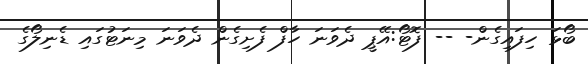
ބޯޅަ ހިފައިގެން- -- ފޮޓޯ:އޭޕީ ދެވަނަ ހާފް ފެށިގެން ދެވަނަ މިނަޓުގައި ޑެނިލޯގެ